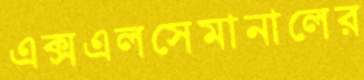
এক্সএলসেমানালের